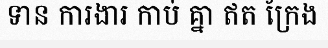
ទាន ការងារ កាប់ គ្នា ឥត ក្រែង